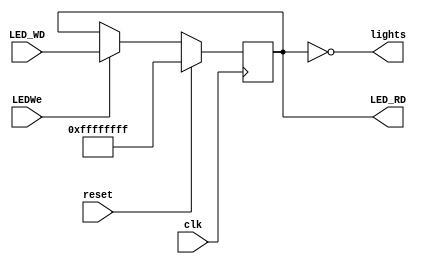
// This program was cloned from: https://github.com/SilenceX12138/MIPS-Microsystems
// License: MIT License

module LED(clk,reset,LEDWe,LED_WD,LED_RD,lights);
//input
    input clk;
    input reset;

    input LEDWe;

    input [31:0] LED_WD;
//output
    output [31:0] LED_RD;

    output [31:0] lights;

//sequential logic
    reg [31:0] data;

    assign LED_RD=data;
    assign lights=~data;

    always @(posedge clk)
        begin
            if(reset)data<=32'hffffffff;
            else if(LEDWe)data<=LED_WD;
            else data<=data;
        end

endmodule